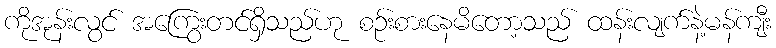
ကိုအုန်းလွင် အကြွေးတင်ရှိသည်ဟု စဉ်းစားနေမိတော့သည် ထန်းလျက်နဲ့မန်ကျီး